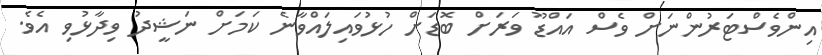
އިންވެސްޓަރުންނަށް ވެސް އައްޑޫ ވަރަށް ބޮޑަށް ހުޅުވައިލައްވާނެ ކަމަށް ނަޝީދު ވިދާޅުވި އެވެ.